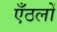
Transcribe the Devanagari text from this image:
एँठलों